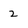
Character: 2